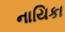
નાયિકા